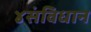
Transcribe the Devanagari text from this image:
४संविधान